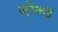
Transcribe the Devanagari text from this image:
नोन्द